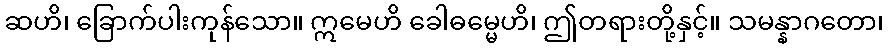
ဆဟိ၊ ခြောက်ပါးကုန်သော။ ဣမေဟိ ခေါဓမ္မေဟိ၊ ဤတရားတို့နှင့်။ သမန္နာဂတော၊